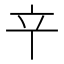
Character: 䇂